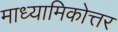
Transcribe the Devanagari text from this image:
माध्यामिकोत्तर